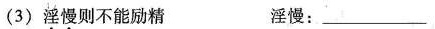
(3)淫慢则不能励精 淫慢：____